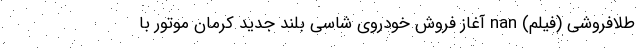
طلافروشی (فیلم) nan آغاز فروش خودروی شاسی بلند جدید کرمان موتور با